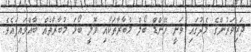
ދަރިވަރުންގެ މެދުގައި ވަނީ ހޭންޑް ބޯލް މުބާރާތަކާއި ވޮލީ ބޯޅަ މުބާރާތެއް ބާއްވައިފައެވެ.